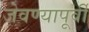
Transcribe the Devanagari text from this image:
जेवण्यापूर्वी